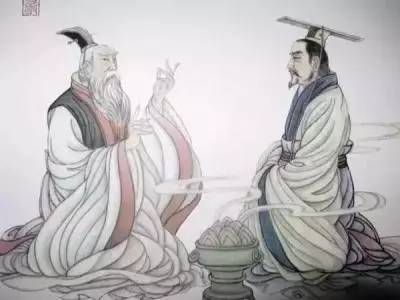
君之视臣如手足则臣视君如腹心君之视臣如犬马，则臣视君如国人君之视臣如土芥，则臣视君如寇雠。